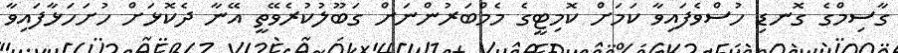
ގާސިމްގެ ގޮނޑި ހުސްވެފައިވާ ކަމަށް ކޮމިޓީގެ މެމްބަރުންނަށް ގަބޫލުކުރެވޭތީ އޭނާ ދެކޮޅަށް ހުށަހަޅާފައިވާ